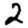
Digit: 2